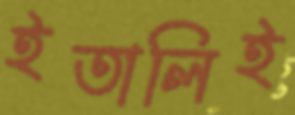
ইতালিই